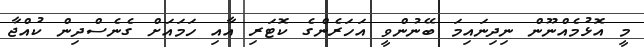
މީ އޮޅުމެއްނޫން ނިދިނައިމަ ބޭނުންވީ އަހަރެންގެ ކޮޓަރި އާއި ހަމައަށް ގެނެސްދިން ކުއްޖާ